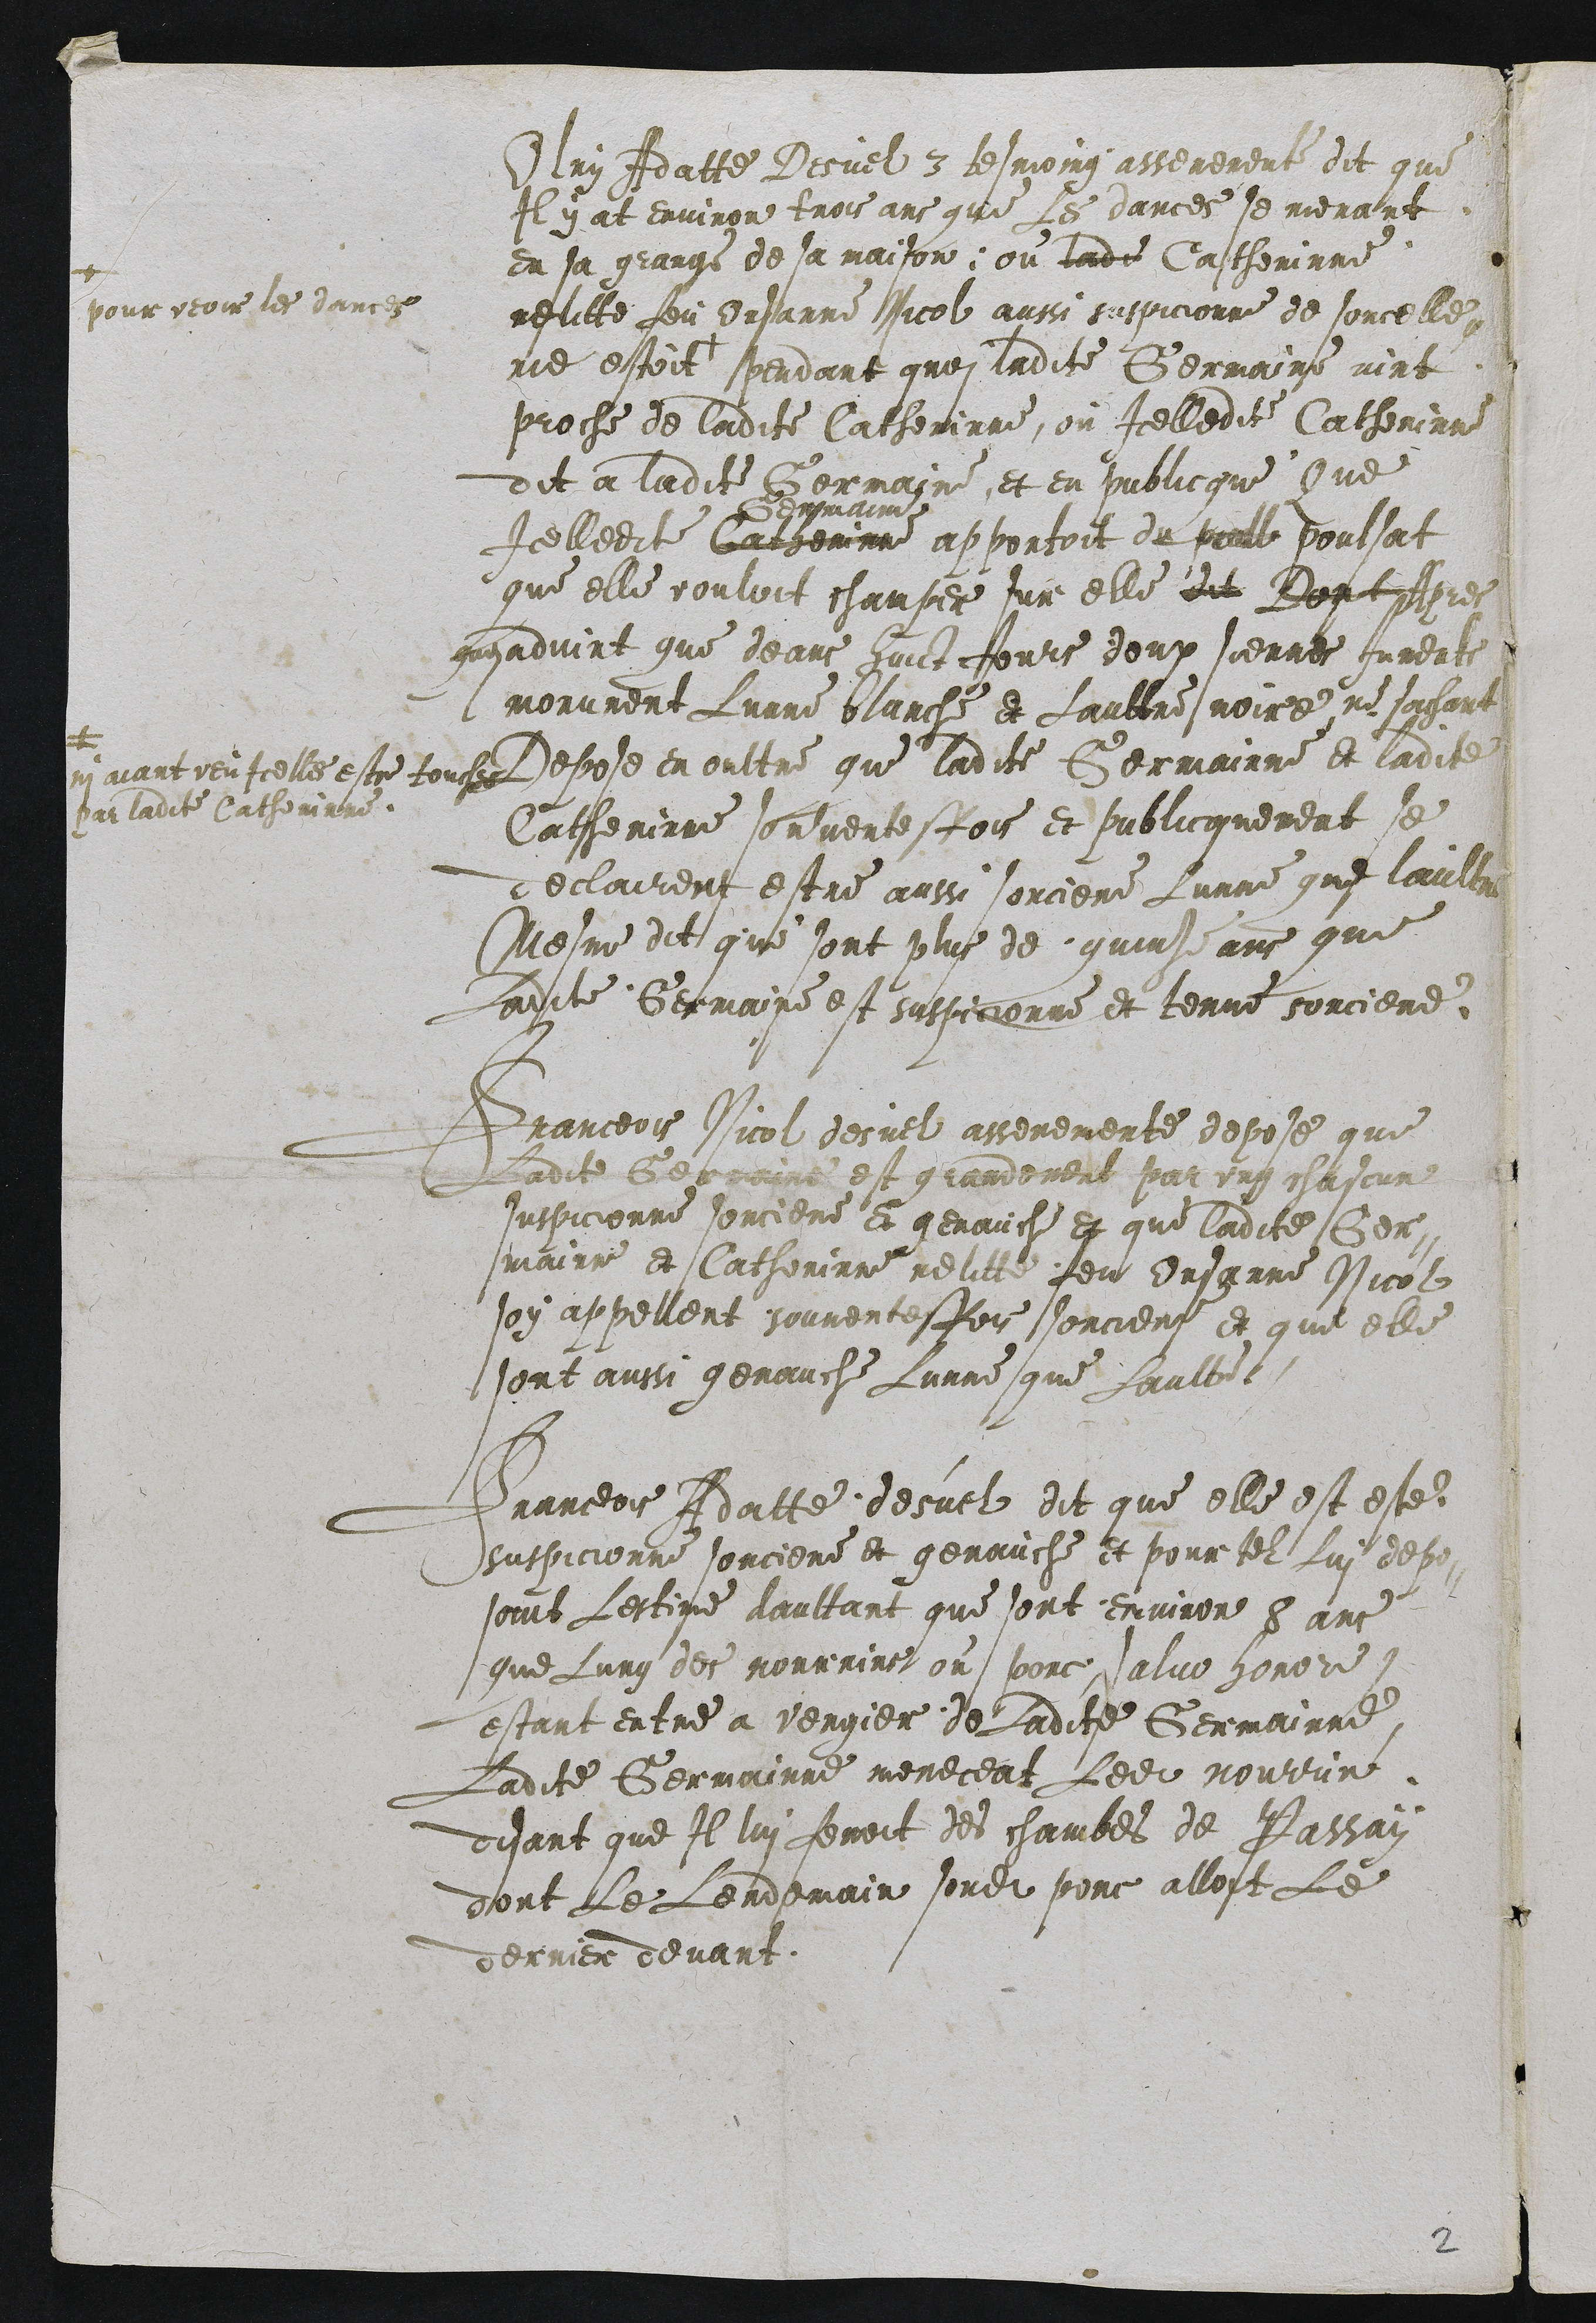
Ulry Adatte Desuel 3 tesmoing asserement dit que
Il y at environ trois ans que Les dances se menant
en sa grange de sa maison ou ladite Castherinne
relitte feu Orsanne Nicol aussi suspicionne de sorcelle
ne estoit +
a
pour veoir les dancee
pendant quoi ladite Germaine vint
proche de ladite Catherinne, ou Icelledite Catherinne
dit a ladite Germaine et en iublicque Que
Icelledite Gahemnne
dmain
apportoit du poil poulsat
que elle vouloit champer sur elle dit Dontffier
gryadvint que deans huict Jours deux siennes Juments
morurent Lunne planche et Laultre noire, ne sachant
u aiant veu icelles estre touses
sur ladcte Catherinne
Depose en oultre que ladite Germainne et ladite
Catherinne sormentesfois et sublicquement se
declairent estre aussi sorciere Lunne que laultre
Mesme dit que sont plus de quint ans que
Ladite Germaine est suspicionne et tenue sorciere.

Franceois Nicol desuel asseremente depose que
Ladite Gerenene est grandement par ung chasane
suspicionne sorciere et genauche et que ladite Ger-
maine et Catherinne reliee feu Ursanne Nicol
soy appellent souventesfois sorciers et que elle
sont aussi genauche Lunne que Laulte

Franceois Adatte desuelz dit que elle est este
suspicionne sorciere et genauche et pour tel Lui dep
soint Lestime daultant que sont environ 8 ans
que Lung des mourrinse ou porce salvo horore
estant entre a vergier de Ladite Germainne
Ladite Germainne meneceat Ledit nourrin
disant que Il lui fenoit des chambes de Passan
dont Le Lendemain sondit porc allost Le
derrnier devant.

2